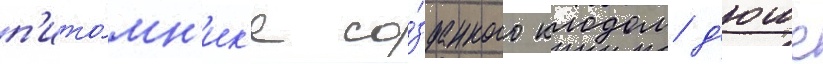
п'ито́мн'ик'е со́зданного клодом д'юше